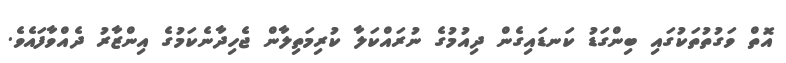
އޮތް ވަގުތުތަކުގައި ބިންގަޑު ކަނޑައިގެން ދިއުމުގެ ނުރައްކަލާ ކުރިމަތިލާން ޖެހިދާނެކަމުގެ އިންޒާރު ދެއްވާފައެވެ.